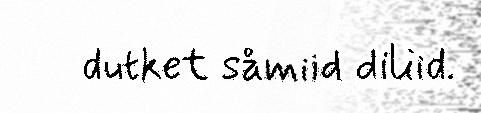
dutket såmiid diliid.